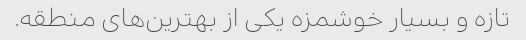
تازه و بسیار خوشمزه یکی از بهترین‌های منطقه.